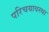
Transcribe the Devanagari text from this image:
परिचयावस्था